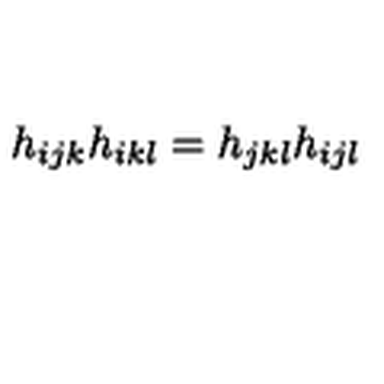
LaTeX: h _ { i j k } h _ { i k l } = h _ { j k l } h _ { i j l }